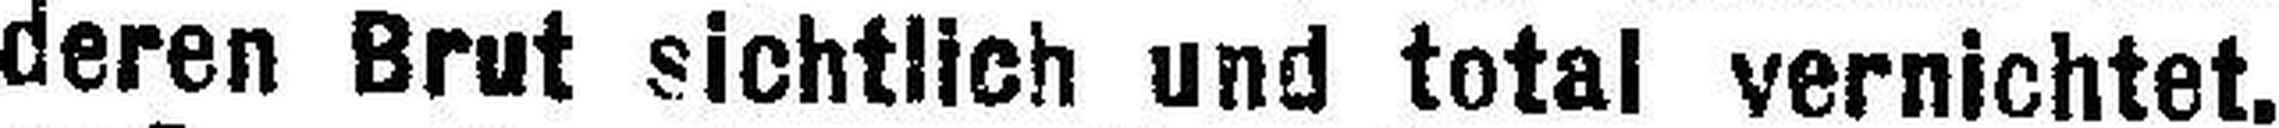
deren Brut sichtlich und total vernichtet.